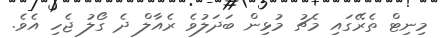
މިނިޓް ތެރޭގައި މެޗު މުޅިން ބަދަލުވެ ރެއާލް ދެ ގޯލު ޖެހި އެވެ.